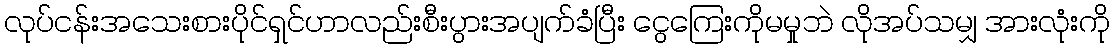
လုပ်ငန်းအသေးစားပိုင်ရှင်ဟာလည်းစီးပွားအပျက်ခံပြီး ငွေကြေးကိုမမှုဘဲ လိုအပ်သမျှ အားလုံးကို